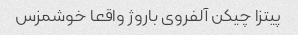
پیتزا چیکن آلفروی باروژ واقعا خوشمزس